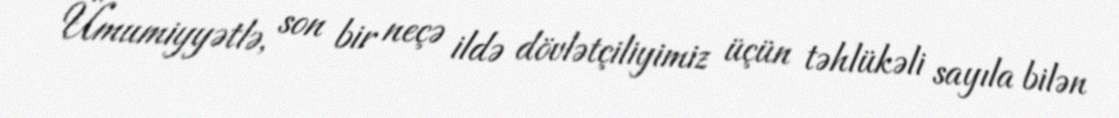
Ümumiyyətlə, son bir neçə ildə dövlətçiliyimiz üçün təhlükəli sayıla bilən